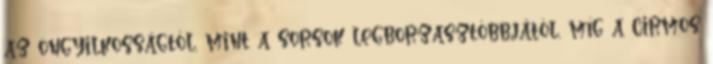
az öngyilkosságtól, mint a sorsok legborzasztóbbjától, míg a cirmos